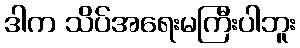
ဒါက သိပ်အရေးမကြီးပါဘူး